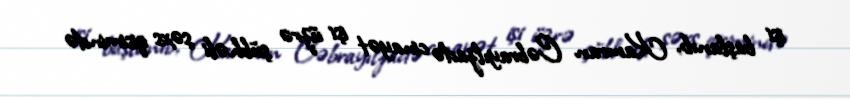
işi başlanıb, Kamran Cəbrayılzadə cinayət işi üzrə şübhəli şəxs qisimində